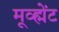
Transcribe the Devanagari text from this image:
मूव्ह्मेंट